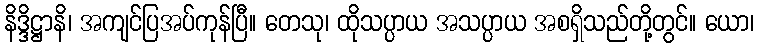
နိဒ္ဒိဋ္ဌာနိ၊ အကျင်ပြအပ်ကုန်ပြီ။ တေသု၊ ထိုသပ္ပာယ အသပ္ပာယ အစရှိသည်တို့တွင်။ ယော၊